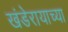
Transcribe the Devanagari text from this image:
खंडेरायाच्या